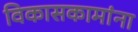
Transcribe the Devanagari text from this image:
विकासकामांना